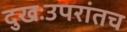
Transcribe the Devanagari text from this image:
दुखःउपरांतच